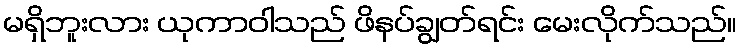
မရှိဘူးလား ယုကာဝါသည် ဖိနပ်ချွတ်ရင်း မေးလိုက်သည်။